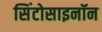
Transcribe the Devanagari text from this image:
सिंटोसाइनॉन